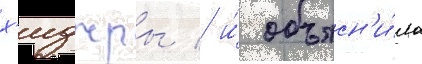
х'иджры / и́ объясн'и́ла